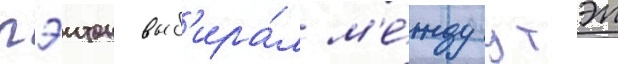
пэитон выб'ира́л м'е́жду утэп